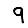
Digit: 9